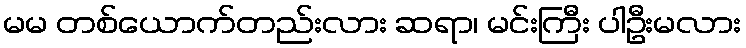
မမ တစ်ယောက်တည်းလား ဆရာ၊ မင်းကြီး ပါဦးမလား